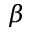
\beta